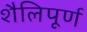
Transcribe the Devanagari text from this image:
शैलिपूर्ण